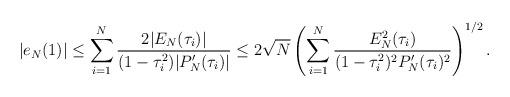
LaTeX: \begin{align*}|e_N(1)| \le \sum_{i=1}^N \frac{2|E_N(\tau_i)|}{(1-\tau_i^2) |P_N'(\tau_i)|} \le2 \sqrt{N} \left( \sum_{i=1}^N \frac{E_N^2(\tau_i)}{(1-\tau_i^2)^2 P_N'(\tau_i)^2} \right)^{1/2}.\end{align*}